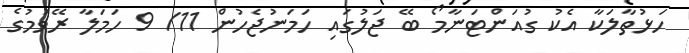
ހަޅުތާލަކާ އެކު ގުއަންޓަނާމޯ ބޭ ޖަލުގައި ހަމަނުޖެހުން 11/ 9 ހަމަލާ ރޭވުމުގެ